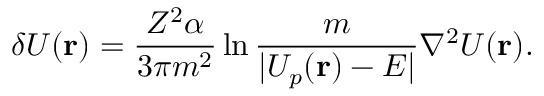
\delta U ( { \bf r } ) = \frac { Z ^ { 2 } \alpha } { 3 \pi m ^ { 2 } } \ln \frac { m } { | U _ { p } ( { \bf r } ) - E | } \nabla ^ { 2 } U ( { \bf r } ) .